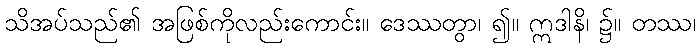
သိအပ်သည်၏ အဖြစ်ကိုလည်းကောင်း။ ဒေဿတွာ၊ ၍။ ဣဒါနိ၊ ၌။ တဿ၊